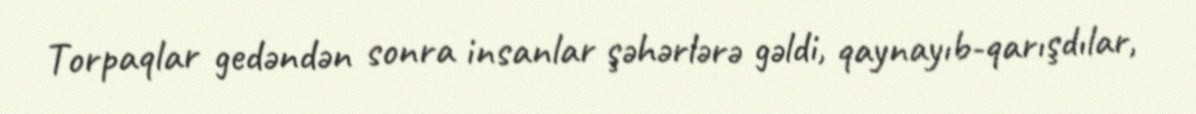
Torpaqlar gedəndən sonra insanlar şəhərlərə gəldi, qaynayıb-qarışdılar,